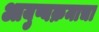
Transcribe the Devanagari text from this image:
आयुष्यक्रमाचा